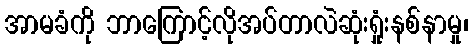
အာမခံကို ဘာကြောင့်လိုအပ်တာလဲဆုံးရှုံးနစ်နာမှု၊